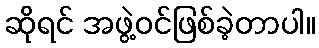
ဆိုရင် အဖွဲ့ဝင်ဖြစ်ခဲ့တာပါ။